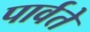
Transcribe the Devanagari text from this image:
पार्वते